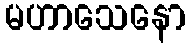
မဟာသေနော